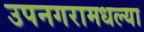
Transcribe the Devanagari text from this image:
उपनगरामधल्या